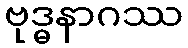
ဗုဒ္ဓနာဂဿ